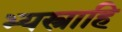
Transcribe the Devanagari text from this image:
भ्यस्त्राहि